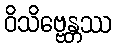
ဝိသိဗ္ဗေန္တဿ